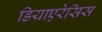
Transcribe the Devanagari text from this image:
डियाएरेसिस